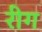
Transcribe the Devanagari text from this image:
रीग